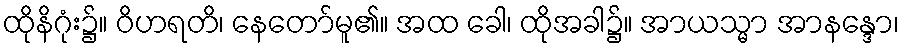
ထိုနိဂုံး၌။ ဝိဟရတိ၊ နေတော်မူ၏။ အထ ခေါ၊ ထိုအခါ၌။ အာယသ္မာ အာနန္ဒော၊